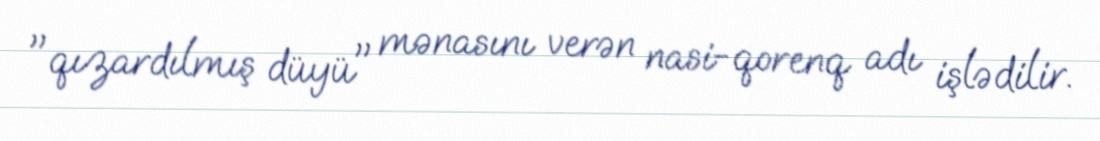
"qızardılmış düyü" mənasını verən nasi-qorenq adı işlədilir.